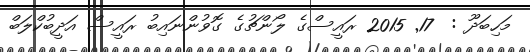
މަހިބަދޫ :  17